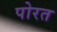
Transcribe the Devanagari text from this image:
पोरत